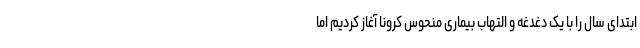
ابتدای سال را با یک دغدغه و التهاب بیماری منحوس کرونا آغاز کردیم اما